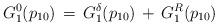
LaTeX: \begin{align*}G^0_1(p_{10})\,=\,G^{\delta}_1(p_{10})\,+\,G^R_1(p_{10})\end{align*}